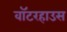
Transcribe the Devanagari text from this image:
वॉटरहाउस